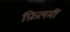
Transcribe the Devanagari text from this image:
फ़िलमीं